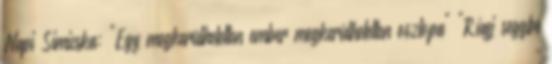
Napi Simicska: "Egy megkerülhetetlen ember megkerülhetetlen oszlopa" "Rúgj seggbe